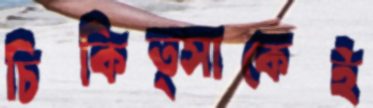
চিকিত্সাকেই